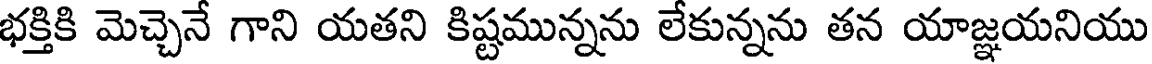
భక్తికి మెచ్చెనే గాని యతని కిష్టమున్నను లేకున్నను తన యాజ్ఞయనియు